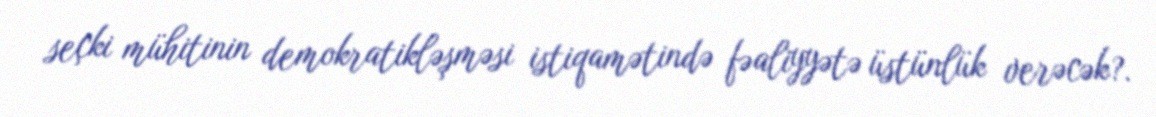
seçki mühitinin demokratikləşməsi istiqamətində fəaliyyətə üstünlük verəcək?.